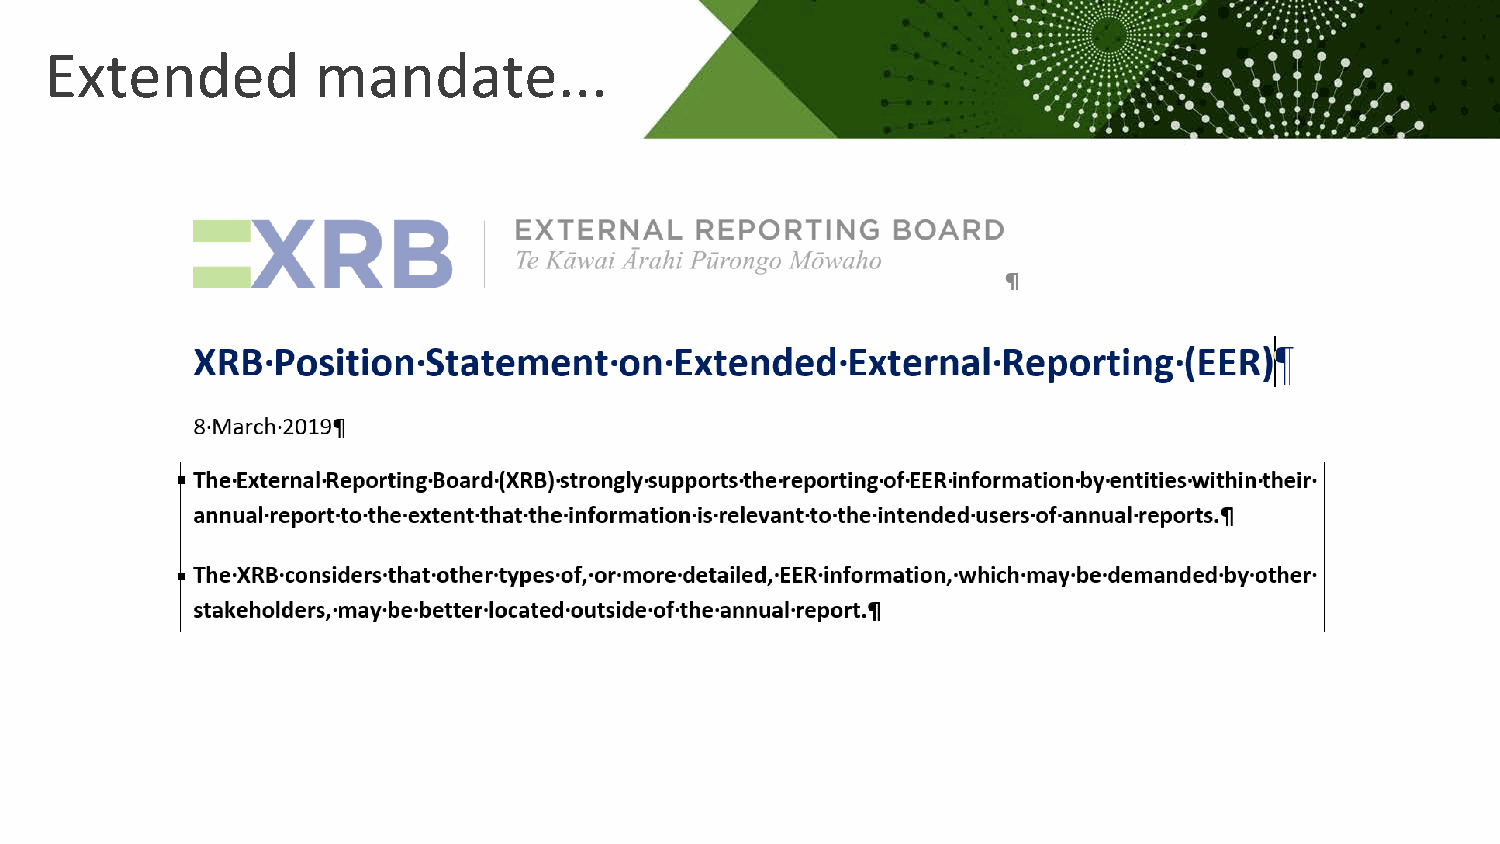
Extended          mandate...
 Not   a  new    topic…